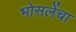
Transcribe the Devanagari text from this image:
भोसलेंचा